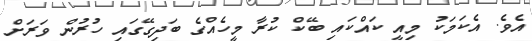
އެވެ. އެކަމަކު މިއީ ކައްކައި ބޭކް ކުރާ މީހެއްގެ ބަދިގޭގައި ހުރުން ވަރަށް